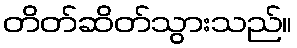
တိတ်ဆိတ်သွားသည်။